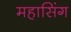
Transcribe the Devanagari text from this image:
महासिंग